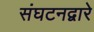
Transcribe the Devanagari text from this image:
संघटनद्वारे